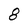
Character: 8